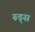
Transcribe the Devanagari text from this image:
रूड्स